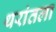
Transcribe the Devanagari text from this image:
थरांतला